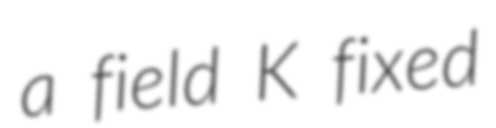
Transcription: a field K fixed